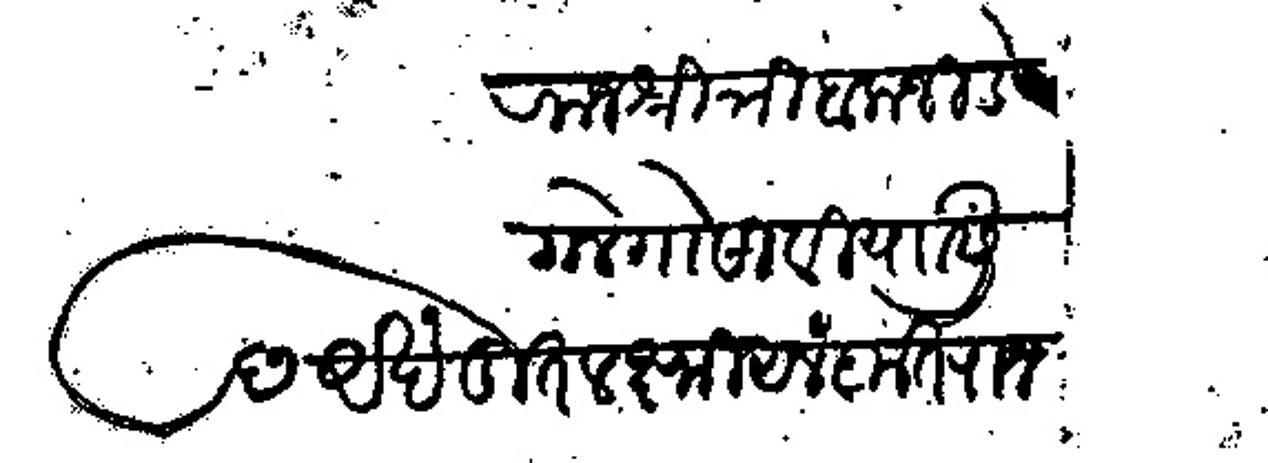
Transliteration (Devanagari): राजश्री त्रींबकजी डेगले गोसावी यासी अखंडित लक्ष्मी आलंकृत राजमान्य